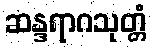
ဆန္ဒရာဂသုတ္တံ